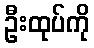
ဦးထုပ်ကို